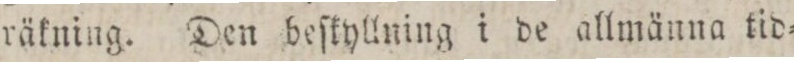
räkning. Den beſkyllning i de allmänna tid=